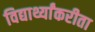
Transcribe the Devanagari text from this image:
विद्यार्थ्यांकरीता